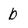
Character: b